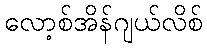
လော့စ်အိန်ဂျယ်လိစ်